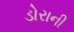
ડોરાની